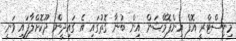
މިނިސްޓްރީ އޮފް އިންފޮމޭޝަން އިން ބުނާ ގޮތުގައި އެ ގައިދީން ދޫކޮށްލާފައި ވަނީ